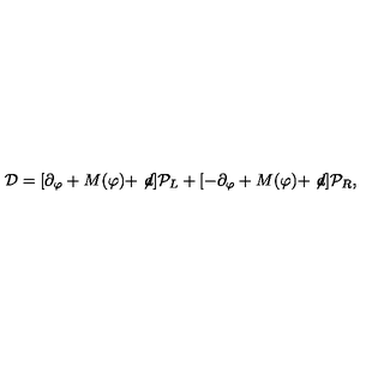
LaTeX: { \cal D } = [ \partial _ { \varphi } + M ( \varphi ) + \not \! d ] { \cal P } _ { L } + [ - \partial _ { \varphi } + M ( \varphi ) + \not \! d ] { \cal P } _ { R } ,